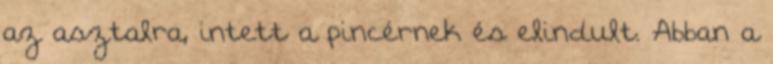
az asztalra, intett a pincérnek és elindult. Abban a